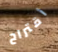
أقتراح